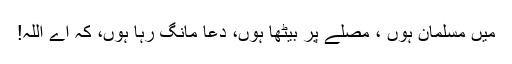
میں مسلمان ہوں ، مصلے پر بیٹھا ہوں، دعا مانگ رہا ہوں، کہ اے اللہ!